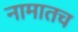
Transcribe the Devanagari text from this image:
नामातच